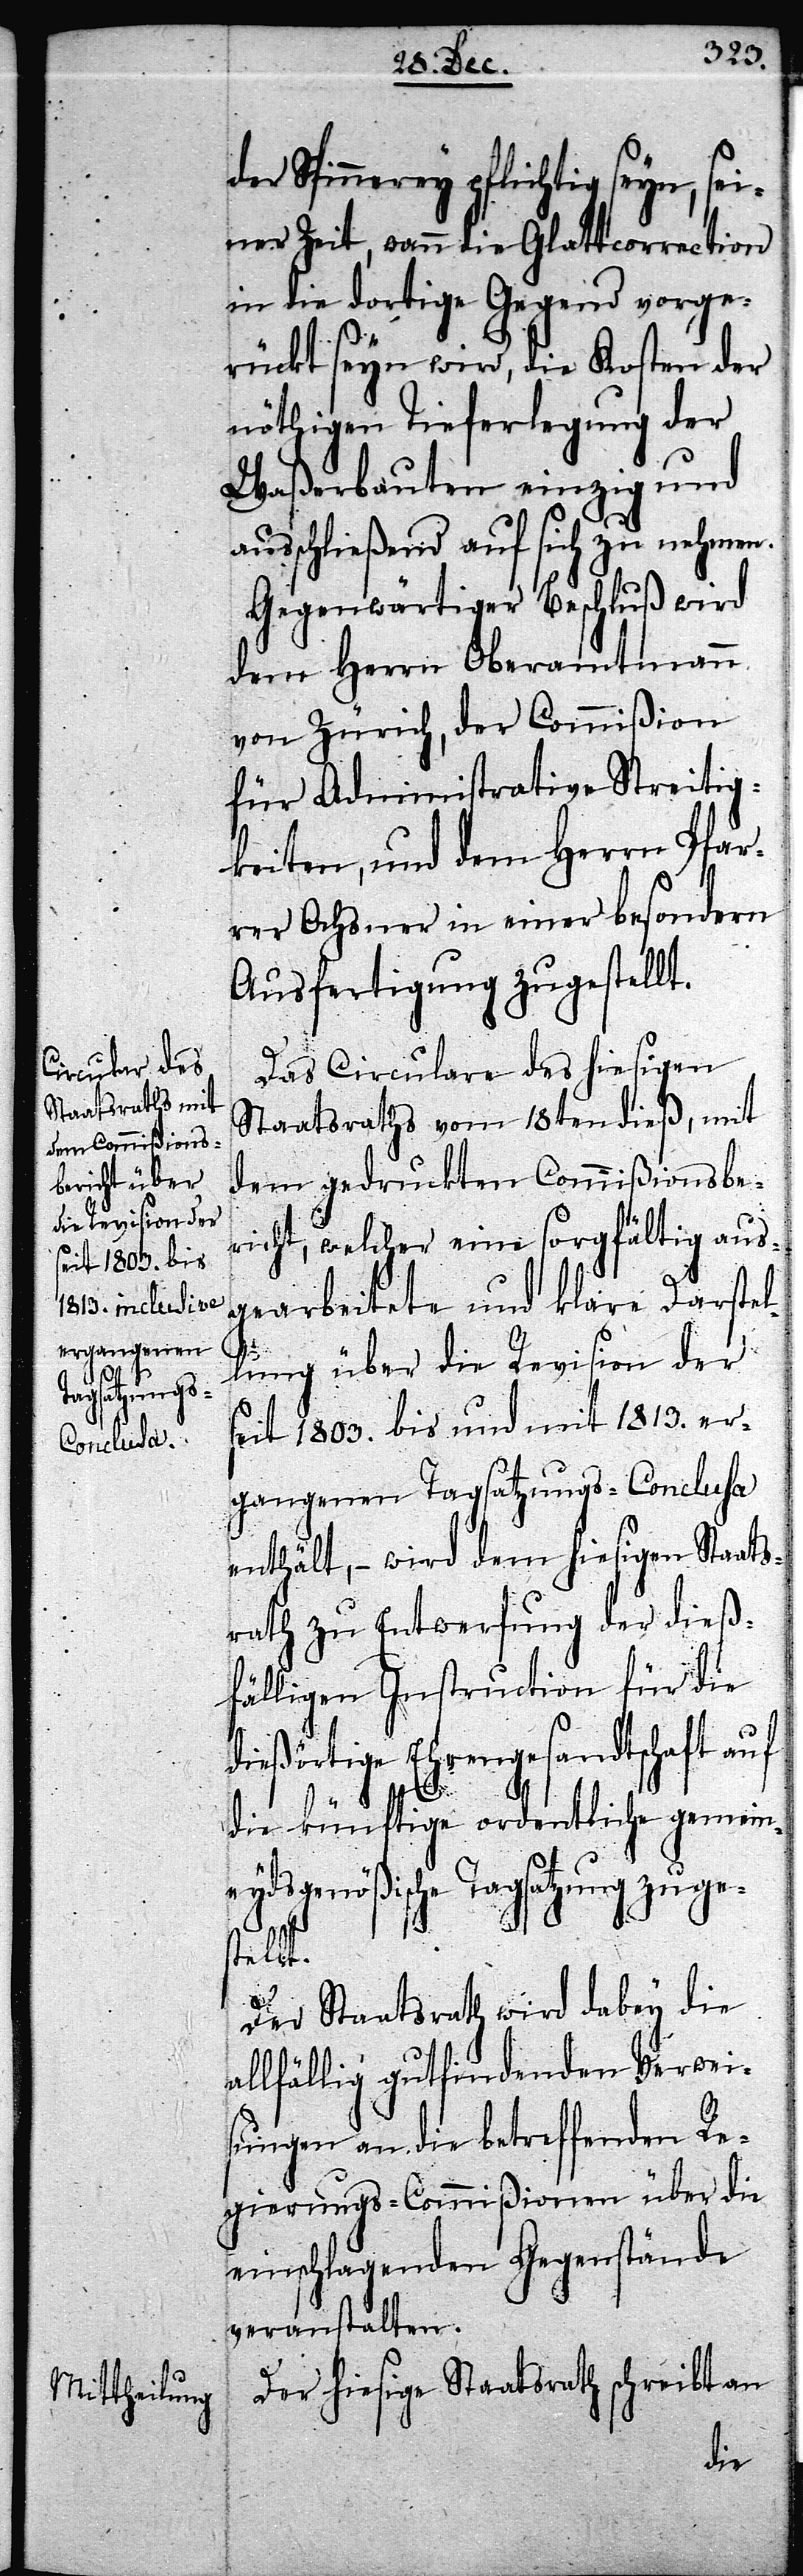
der Spinnerey pflichtig seyn, sei¬
ner Zeit, wann die Glattcorrection
in die dortige Gegend vorge¬
rückt seyn wird, die Kosten der
nöthigen Tieferlegung der
Waßerbauten einzig und
ausschließend auf sich zu nehmen.
Gegenwärtiger Beschluß wird
dem Herrn Oberamtmann
von Zürich, der Commißion
für Administrative Streitig¬
keiten, und dem Herrn Pfar¬
rer Ochsner in einer besondern
Ausfertigung zugestellt.
Das Circulare des hiesigen
Staatsraths vom 18ten dieß, mit
dem gedruckten Commißionsbe¬
richt, welcher eine sorgfältig aus¬
gearbeitete und klare Darstel¬
lung über die Revision der
seit 1803. bis und mit 1813. er¬
gangenen Tagsatzungs-Conclusa
enthält, – wird dem hiesigen Staats¬
rath zu Entwerfung der dieß¬
fälligen Instruction für die
dießörtige Ehrengesandtschaft auf
die künftige ordentliche gemein¬
eydsgenößische Tagsatzung zuge¬
stellt.
Der Staatsrath wird dabey die
allfällig gutfindenden Verwei¬
sungen an die betreffenden Re¬
gierungs-Commißionen über die
einschlagenden Gegenstände
veranstalten.
Der hiesige Staatsrath schreibt an